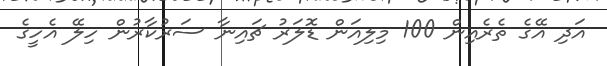
އަދި އޭގެ ތެރެއިން 100 މިލިއަން ޑޮލަރު ޗައިނާ ސަރުކާރުން ހިލޭ އެހީގެ